Report on vaccination in Madras 1895-1903 - 1895-1903
Year: 1895
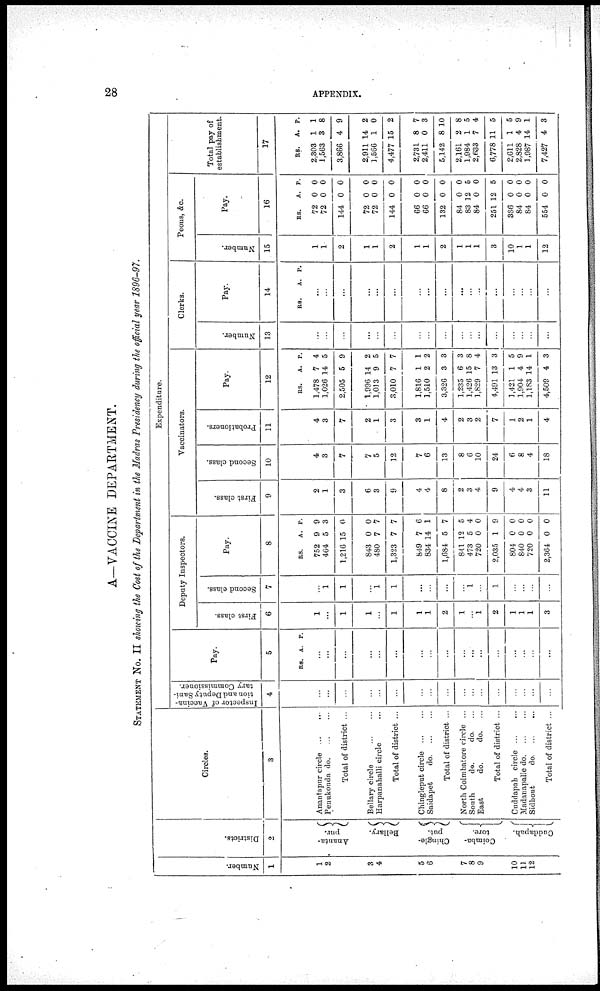
28
APPENDIX.
A—VACCINE DEPARTMENT.
STATEMENT No. II showing the Cost of the Department in the Madras Presidency during the official year 1896-97.
Number.
1
1
2
3
4
5
6
7
8
9
10
11
12
Districts.
2
Ananta-
pur.
Bellary.
Chingle-
put.
Coimba-
tore.
Cuddapah.
Circles.
3
Anantapur circle
...
...
Penukonda do. ... ...
Total of district ...
Bellary circle
...
...
Harpanahalli circle ...
Total of district ...
Chingleput circle
...
...
Saidapet
do. ... ...
Total of district ...
North Coimbatore circle ...
South
do.
do. ...
East
do.
do. ...
Total of district ...
Cuddapah circle
...
...
Madanapalle do. ... ...
Sidhout
do. ...
...
Total of district ...
Expenditure.
Inspector of Vaccina-
tion and Deputy Sani-
tary Commissioner.
4
...
...
...
...
...
...
...
...
...
...
...
...
...
...
...
...
...
Pay.
5
RS. A. P.
...
...
...
...
...
...
...
...
...
...
...
...
...
...
...
...
...
Deputy Inspeotors.
First class.
6
1
1
1
...
1
1
1
2
1
...
1
2
1
1
1
3
Second class.
7
...
1
1
...
1
1
...
...
...
...
1
...
1
...
...
...
...
Pay.
8
RS.
752
464
1,216
843
480
1,323
849
834
1,684
841
473
720
2,035
804
840
720
2,364
A.
9
5
15
0
7
7
7
14
5
12
5
0
1
0
0
0
0
P.
9
3
0
0
7
7
6
1
7
5
4
0
9
0
0
0
0
Vaccinators.
First class.
9
2
1
3
6
3
9
4
4
8
2
3
4
9
4
4
3
11
Second class.
10
4
3
7
7
5
12
7
6
13
8
6
10
24
6
8
4
18
Probationers.
11
4
3
7
2
1
3
3
1
4
2
3
2
7
1
2
1
4
Pay.
12
RS.
1,478
1,026
2,505
1,996
1,013
3,010
1,816
1,510
3,326
1,235
1,426
1,829
4,491
1,421
1,904
1,183
4,509
A.
7
14
5
14
9
7
1
2
3
6
15
7
13
1
4
14
4
P.
4
5
9
2
5
7
1
2
3
3
8
4
3
5
9
1
3
Clerks.
Number.
13
...
...
...
...
...
...
...
...
...
...
...
...
...
...
...
...
...
Pay.
14
RS.
A. P.
...
...
...
...
...
...
...
...
...
...
...
...
...
...
...
...
...
Peons, &c.
Number.
15
1
1
2
1
1
2
1
1
2
1
1
1
3
10
1
1
12
Pay.
16
RS.
72
72
144
72
72
144
66
66
132
84
83
84
251
386
84
84
554
A.
0
0
0
0
0
0
0
0
0
0
12
0
12
0
0
0
0
P.
0
0
0
0
0
0
0
0
0
0
5
0
5
0
0
0
0
Total pay of
establishment.
17
RS.
2,303
1,563
3,866
2,911
1,566
4,477
2,731
2,411
5,142
2,161
1,984
2,633
6,778
2,611
2,828
1,987
7,427
A.
1
3
4
14
1
15
8
0
8
2
1
7
11
1
4
14
4
P.
1
8
9
2
0
2
7
3
10
8
5
4
5
5
9
1
3